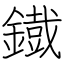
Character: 鐡